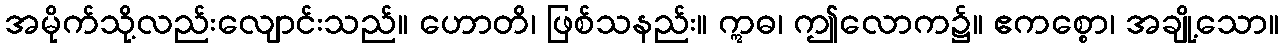
အမိုက်သို့လည်းလျောင်းသည်။ ဟောတိ၊ ဖြစ်သနည်း။ ဣဓ၊ ဤလောက၌။ ဧကစ္စော၊ အချို့သော။